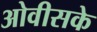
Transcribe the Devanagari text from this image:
ओवीसके